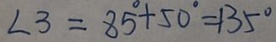
\angle 3 = 8 5 ^ { \circ } + 5 0 ^ { \circ } = 1 3 5 ^ { \circ }